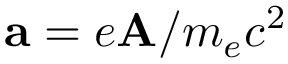
{ \bf a } = e \mathbf { A } / m _ { e } c ^ { 2 }